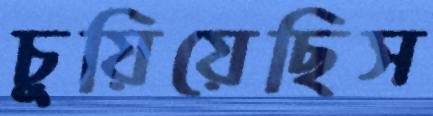
চুয়িয়েছিস